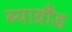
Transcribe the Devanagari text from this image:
ब्याग्रौंड